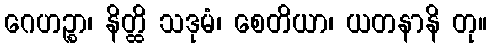
ဂေဟဉ္စာ၊ နိတ္ထိ သဒုမံ၊ စေတိယာ၊ ယတနာနိ တု။